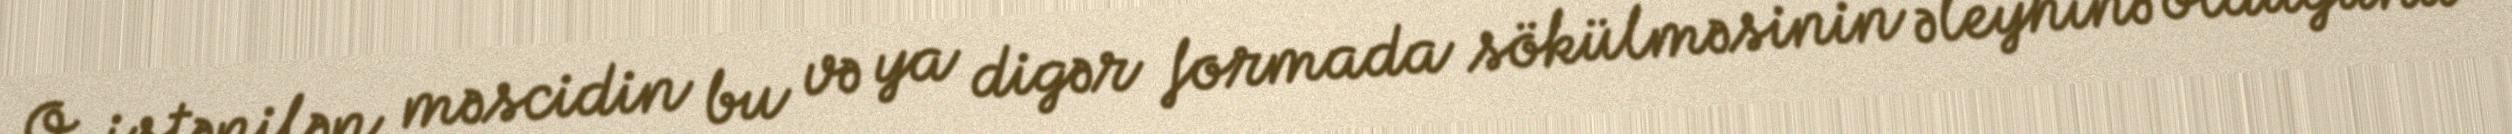
O, istənilən məscidin bu və ya digər formada sökülməsinin əleyhinə olduğunu